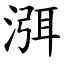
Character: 渳